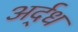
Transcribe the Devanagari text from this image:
अर्द्‌ध